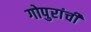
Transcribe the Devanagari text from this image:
गोपुरांची